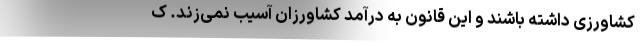
کشاورزی داشته باشند و این قانون به درآمد کشاورزان آسیب نمی‌زند. ک